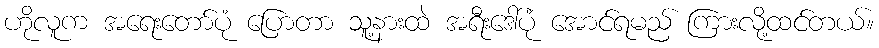
ဟိုလူက အရေးတော်ပုံ ပြောတာ သူ့နားထဲ အရီးဒေါ်ပုံ အောင်ရမည် ကြားလို့ထင်တယ်။